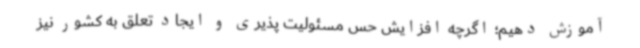
آموزش دهیم؛ اگرچه افزایش حس مسئولیت پذیری و ایجاد تعلق به کشور نیز